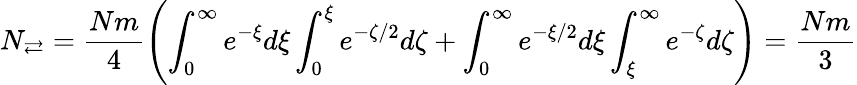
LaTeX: N_{\rightleftarrows}=\frac{Nm}{4}\left(\int_{0}^{\infty}e^{-\xi}d\xi\int_{0}^{\xi}e^{-\zeta/2}d\zeta+\int_{0}^{\infty}e^{-\xi/2}d\xi\int_{\xi}^{\infty}e^{-\zeta}d\zeta\right)=\frac{Nm}{3}